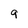
Character: 9